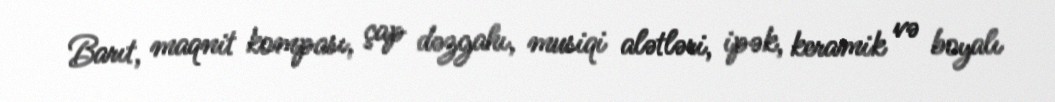
Barıt, maqnit kompası, çap dəzgahı, musiqi alətləri, ipək, keramik və boyalı